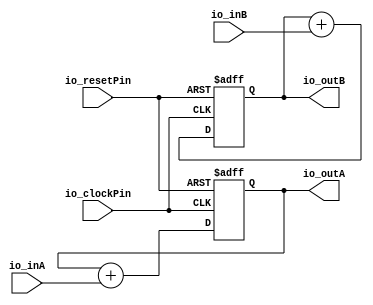
module BlackBoxToTest
#(parameter aWidth=0, parameter bWidth=0)
(
  input [aWidth-1:0] io_inA,
  input [bWidth-1:0] io_inB,
  output reg [aWidth-1:0] io_outA,
  output reg [bWidth-1:0] io_outB,
  input  io_clockPin,
  input  io_resetPin
);


  always @ (posedge io_clockPin or posedge io_resetPin)
  begin
    if (io_resetPin) begin
      io_outA <= 0;
      io_outB <= 0;
    end else begin
      io_outA <= io_outA + io_inA;
      io_outB <= io_outB + io_inB;
    end
  end
endmodule